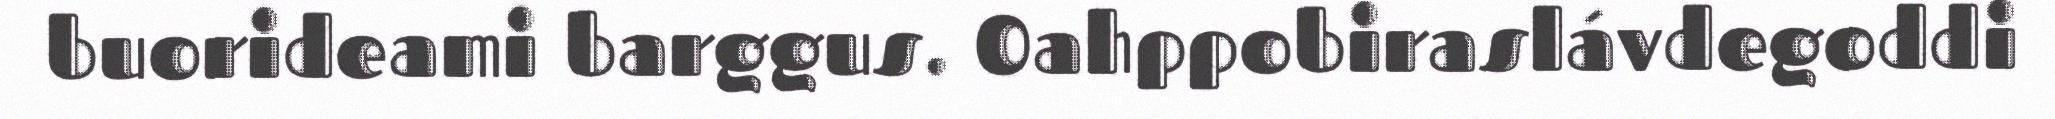
buorideami barggus. Oahppobiraslávdegoddi